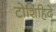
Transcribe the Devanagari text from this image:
टोशिहिदे